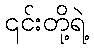
၎င်းတို့ရဲ့